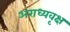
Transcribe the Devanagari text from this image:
अराध्यवृक्ष